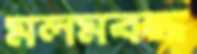
মলমবদ্ধ